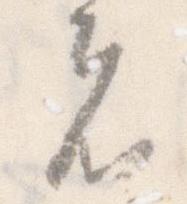
者